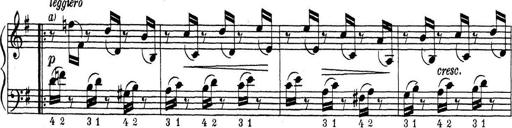
Title: ÄŒeskÃ© Sonatiny
Composer: Various